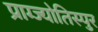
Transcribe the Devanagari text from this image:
प्राग्ज्योतिस्पुर